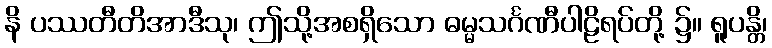
နိ ပဿတီတိအာဒီသု၊ ဤသို့အစရှိသော ဓမ္မသင်္ဂဏီပါဠိရပ်တို့ ၌။ ရူပန္တိ၊